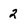
Character: 2